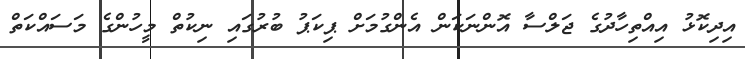
އިދިކޮޅު އިއްތިހާދުގެ ޖަލްސާ އޮންނަކަން އެންގުމަށް ޕިކަޕު ބުރުގައި ނިކުތް މީހުންގެ މަސައްކަތް